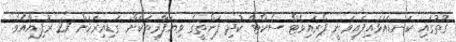
ގޮތުގައި ކަނޑައަޅައިފައިވަނީ ޕްރައިވެޓް ސެކްޓާ ކުދި ފަންތީގެ ވިޔަފާރިތަކަށް ގަޑިއިރަކަށް 21 ރުފިޔާއެވެ.